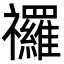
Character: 𮂩